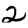
Digit: 2